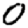
Digit: 0